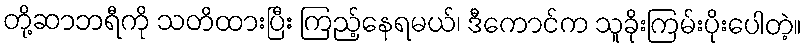
တို့ဆာဘရီကို သတိထားပြီး ကြည့်နေရမယ်၊ ဒီကောင်က သူခိုးကြမ်းပိုးပေါတဲ့။